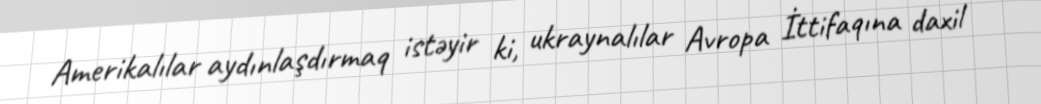
Amerikalılar aydınlaşdırmaq istəyir ki, ukraynalılar Avropa İttifaqına daxil